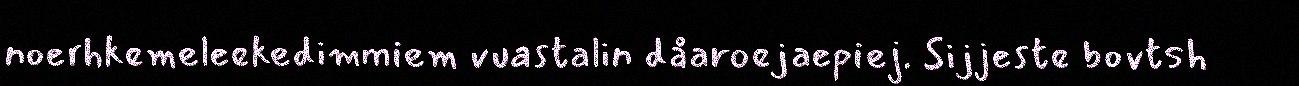
noerhkemeleekedimmiem vuastalin dåaroejaepiej. Sijjeste bovtsh